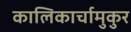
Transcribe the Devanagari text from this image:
कालिकार्चामुकुर